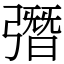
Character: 㣅